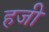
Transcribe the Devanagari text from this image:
हजी